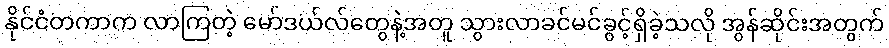
နိုင်ငံတကာက လာကြတဲ့ မော်ဒယ်လ်တွေနဲ့အတူ သွားလာခင်မင်ခွင့်ရှိခဲ့သလို အွန်ဆိုင်းအတွက်